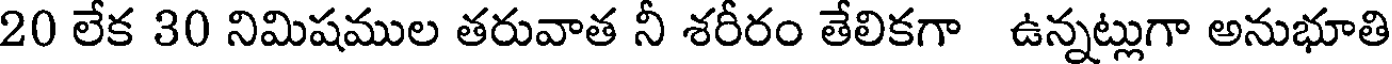
20 లేక 30 నిమిషముల తరువాత నీ శరీరం తేలికగా ఉన్నట్లుగా అనుభూతి